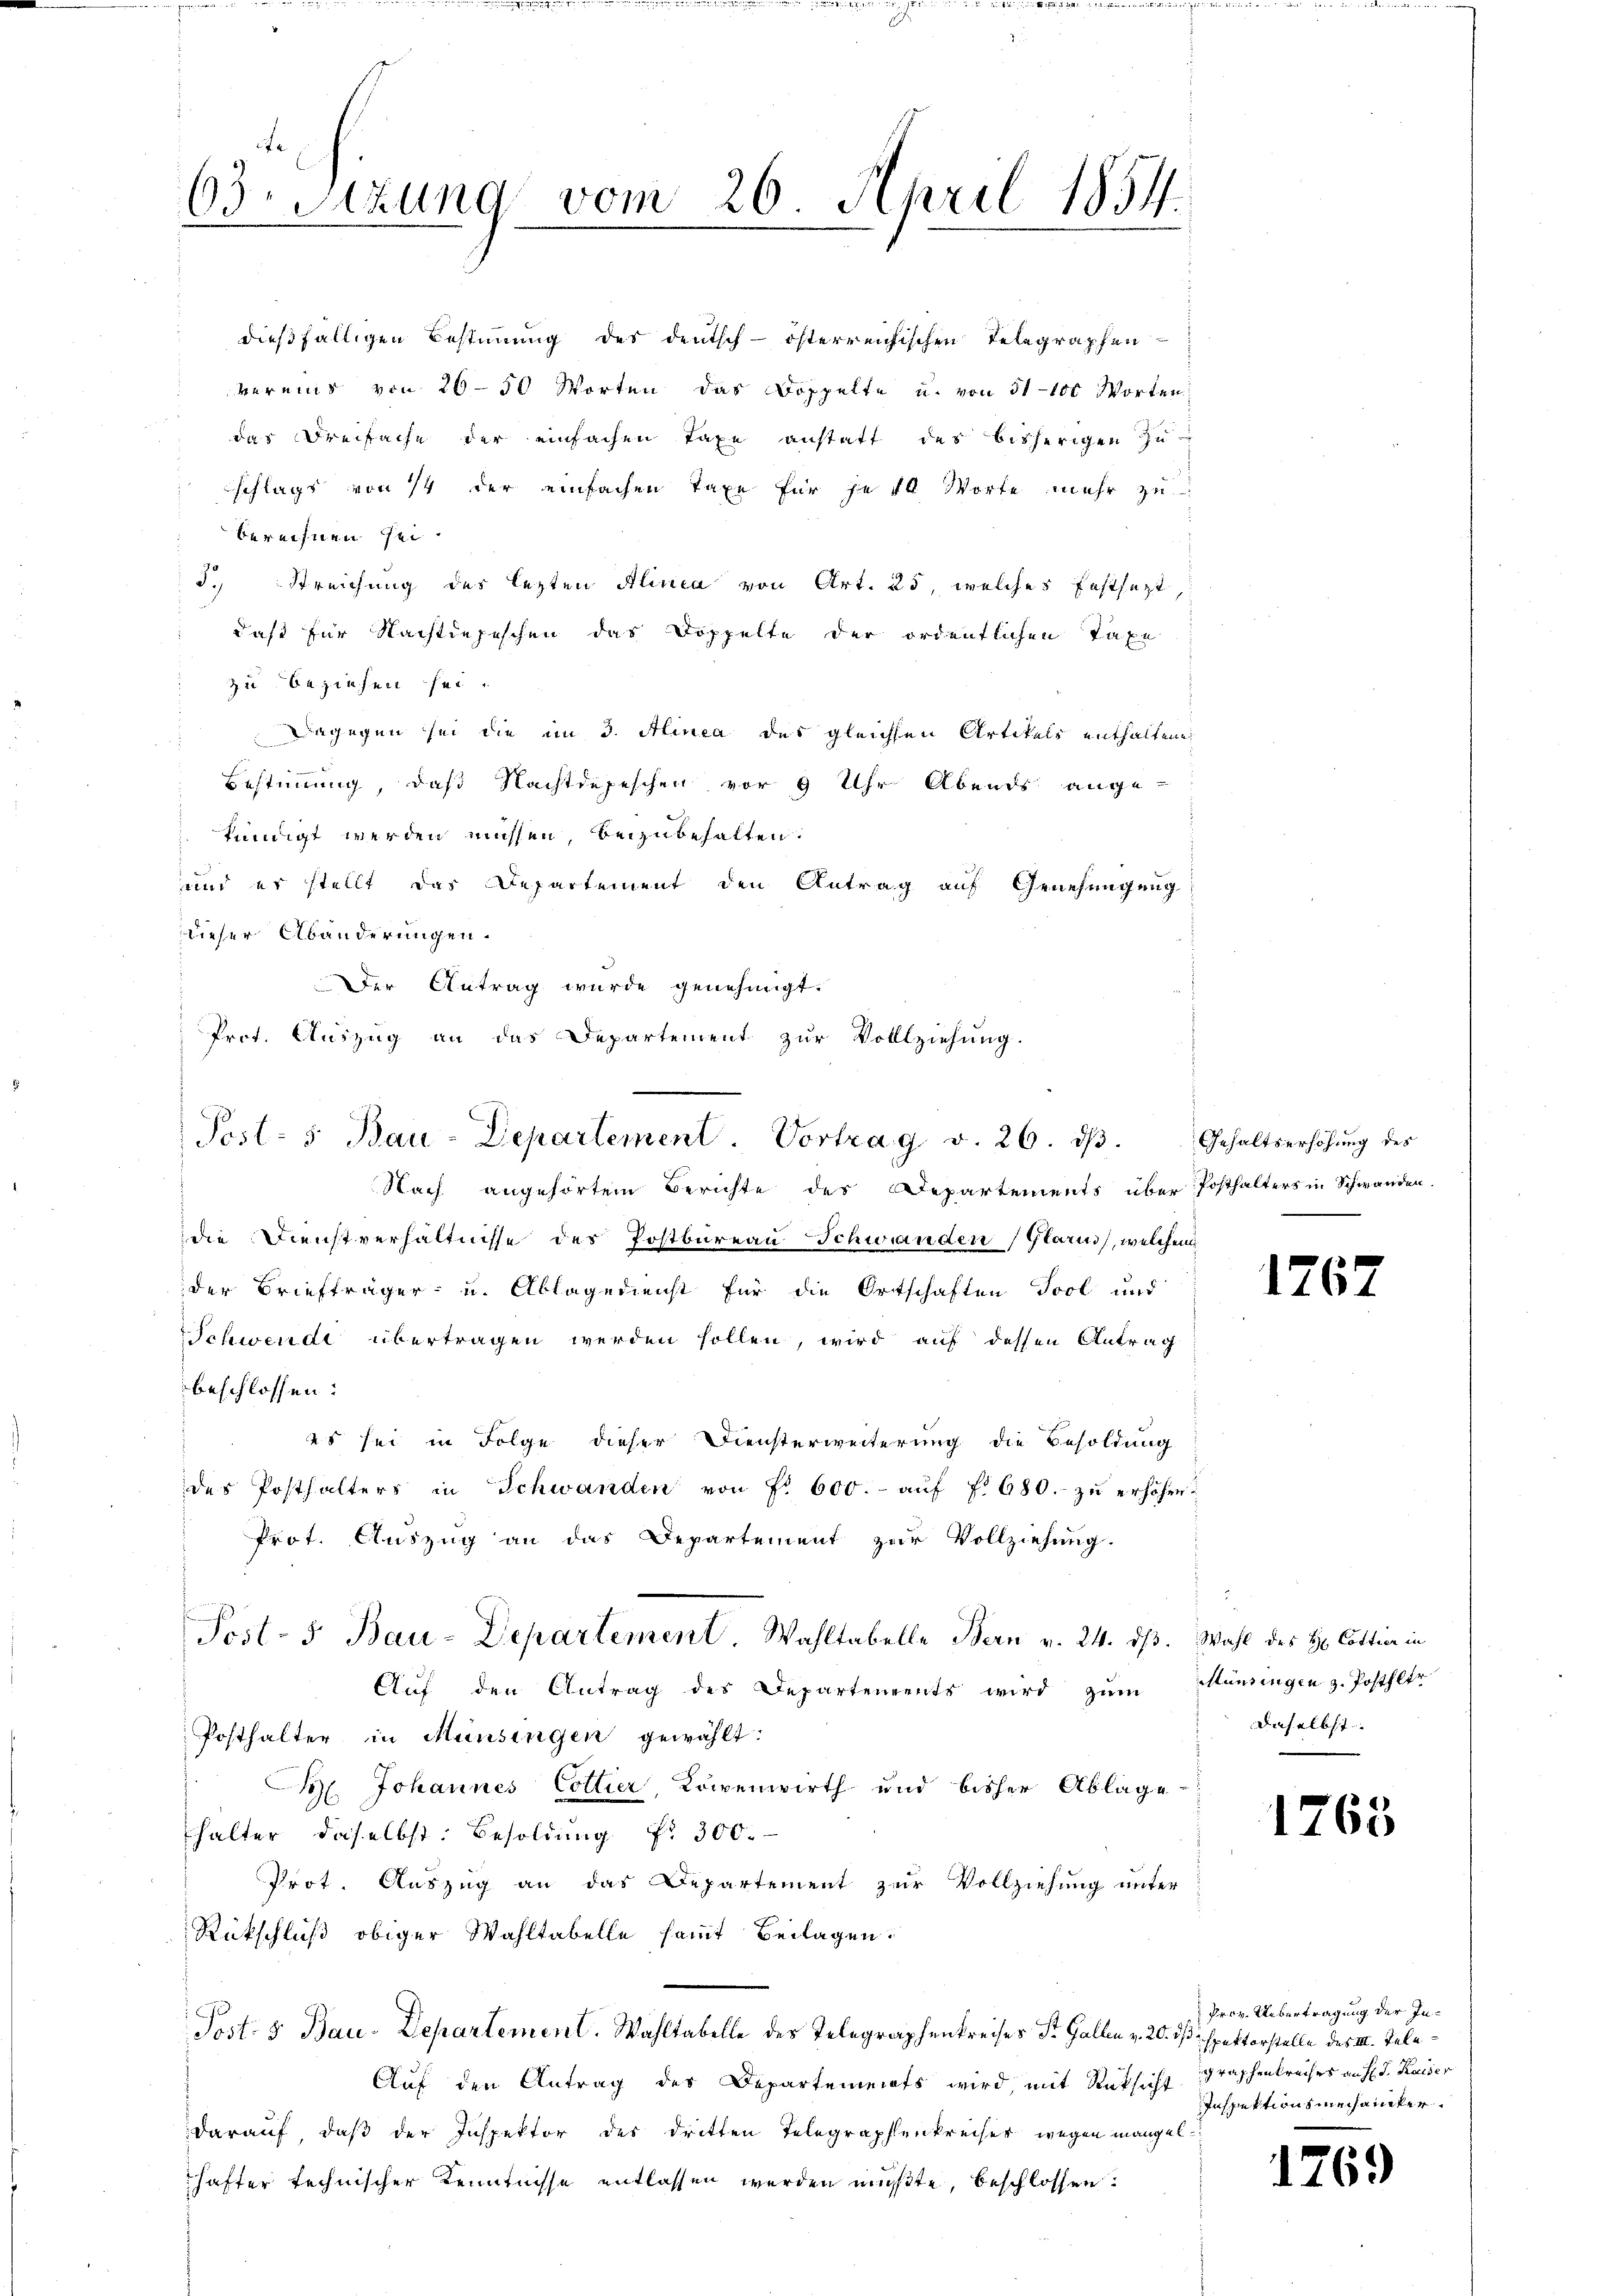
63 Sizung vom 26. April 1854
.

berechnen sei.
daß für Nachtiefeschen das Doppelte der ordentlichen Taxe
zu beziehen sei.
Dagegen sei die im 3. Alinea des gleichen Artikels enthaltene
Bestimmung, daß Nachtdeseschen vor 9 Uhr Abends ange-
fündigt werden müssen, beizubehalten.
und er stellt das Departement den Antrag auf Genehmigung
dieser Abänderungen.
Nach angehörtem Berichte des Departements über Posthalters in Schwanden.
die Dienstverhältnisse des Postbureau Schwanden (Glarus, welchem
der Briefträger- und Ablagedienst für die Ortschaften Tool und
Schwende übertragen werden sollen, wird auf dessen Antrag
beschlossen:
2s sei in Folge dieser Diensterweiterung die Besoldung
des Posthalters in Schwanden von Fr. 600.- aŭf f. 680. zŭ erhöhen.
Prot. Auszug an das Departement zur Vollziehung.
Post- 5. Bau-Departement. Wahltabelle Bern v. 24. dß. Wahl des H Cottier in
Auf den Antrag des Departements wird zŭm Mündingen z. Posthler
Posthalter in Münsingen gewählt:
H. Johannes Collier, Köwenwirth und bisher Ablage
halter daselbst: Besoldung Nr. 300.
Prot. Auszug an das Departement zur Vollziehung unter
Rückschluß obiger Wahltabelle samt Beilagen.
Post 5 Bau-Departement. Wahltabelle des Telegraphenkreises St. Gallen v. 20. dß inspektorstelle des III. Tele¬
Auf den Antrag des Departements wird, mit Rücksicht raschenkreiches an fl. J. Kaiser
darauf, daß der Inspektor des dritten Telegraphenkreiser wegen mangelhafter technischer Kenntnisse entlassen werden mußte, beschlossen:

Der Antrag wurde genehmigt.
Prot. Auszug an das Departement zŭr Vollziehung.
Pest- 5. Bau-Departement. Vortrag v. 26. ds.

dießfälligen Bestimmung des deutsch-österreichischen Telegraphen
vereins von 26-50 Worten das Doppelte u. von 51—100 Worten
das Dreifache der einfachen Taxe anstatt des bisherigen Zuschlags von 14 der einfachen Taxe für je 10 Worte mehr zu
3. Streichung des lezten Alinea von Art. 25, welches festsezt,

Gehaltserhöhung des

1767

daselbst. |

1765

Prov. Übertragung der In¬
Inspektionsmechaniker

1769